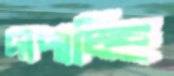
দাপাচ্ছি